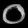
Digit: ၀